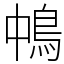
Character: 𩿀